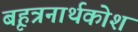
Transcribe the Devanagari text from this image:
बृहत्रनार्थकोश